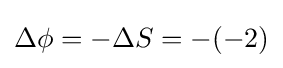
\Delta \phi =-\Delta S=-(-2)